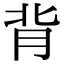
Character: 背